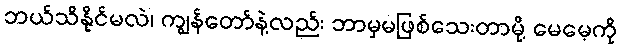
ဘယ်သိနိုင်မလဲ၊ ကျွန်တော်နဲ့လည်း ဘာမှမဖြစ်သေးတာမို့ မေမေ့ကို